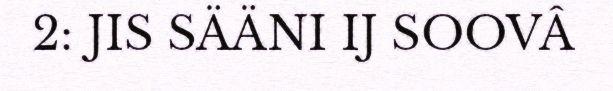
2: JIS SÄÄNI IJ SOOVÂ